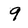
Character: 9